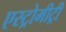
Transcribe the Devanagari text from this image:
एस्ट्रोमीट्री